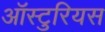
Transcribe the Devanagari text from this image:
ऑस्टुरियस